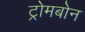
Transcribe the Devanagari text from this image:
ट्रोमबोन